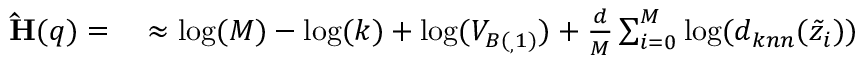
\begin{array} { r l } { \mathbf { \hat { H } } ( q ) = } & { { } \approx \log ( M ) - \log ( k ) + \log ( V _ { B ( _ { , } 1 ) } ) + \frac { d } { M } \sum _ { i = 0 } ^ { M } \log ( d _ { k n n } ( \Tilde { z } _ { i } ) ) } \end{array}